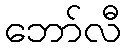
ဘော်လီ